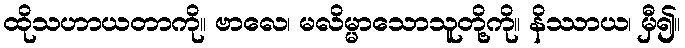
ထိုသဟာယတာကို။ ဗာလေ၊ မလိမ္မာသောသူတို့ကို။ နိဿာယ၊ မှီ၍။